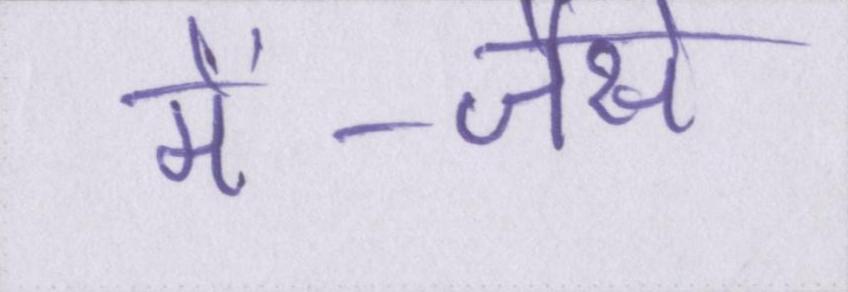
में--जैसे